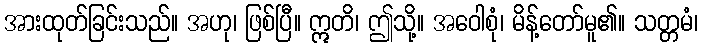
အားထုတ်ခြင်းသည်။ အဟု၊ ဖြစ်ပြီ။ ဣတိ၊ ဤသို့။ အဝေါစုံ၊ မိန့်တော်မူ၏။ သတ္တမံ၊